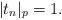
LaTeX: \begin{align*}|t_n|_p=1.\end{align*}